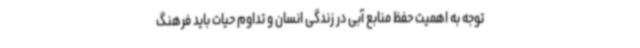
توجه به اهمیت حفظ منابع آبی در زندگی انسان و تداوم حیات باید فرهنگ